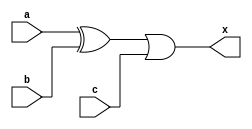
`timescale 1ns / 1ps
//////////////////////////////////////////////////////////////////////////////////
// Company: 
// Engineer: 
// 
// Design Name: 
// Module Name: comb_block_nonblock
// Project Name: 
// Target Devices: 
// Tool Versions: 
// Description: 
// 
// Dependencies: 
// 
// Revision:
// Revision 0.01 - File Created
// Additional Comments:
// 
//////////////////////////////////////////////////////////////////////////////////


module comb_block_nonblock(
    input a,
    input b,
    input c,
    output reg x
    );
    
    always@(a, b, c) //procedural assignment
    begin
        x = (a ^ b) | c; //don't reassign x, avoid it and write code like this
    end //when end is reached then it assigns x
endmodule